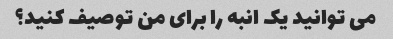
می توانید یک انبه را برای من توصیف کنید؟